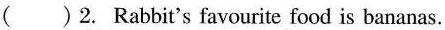
( )2. Rabbit's favourite food is bananas.